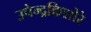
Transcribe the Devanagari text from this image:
उपेन्द्रकिशोरे